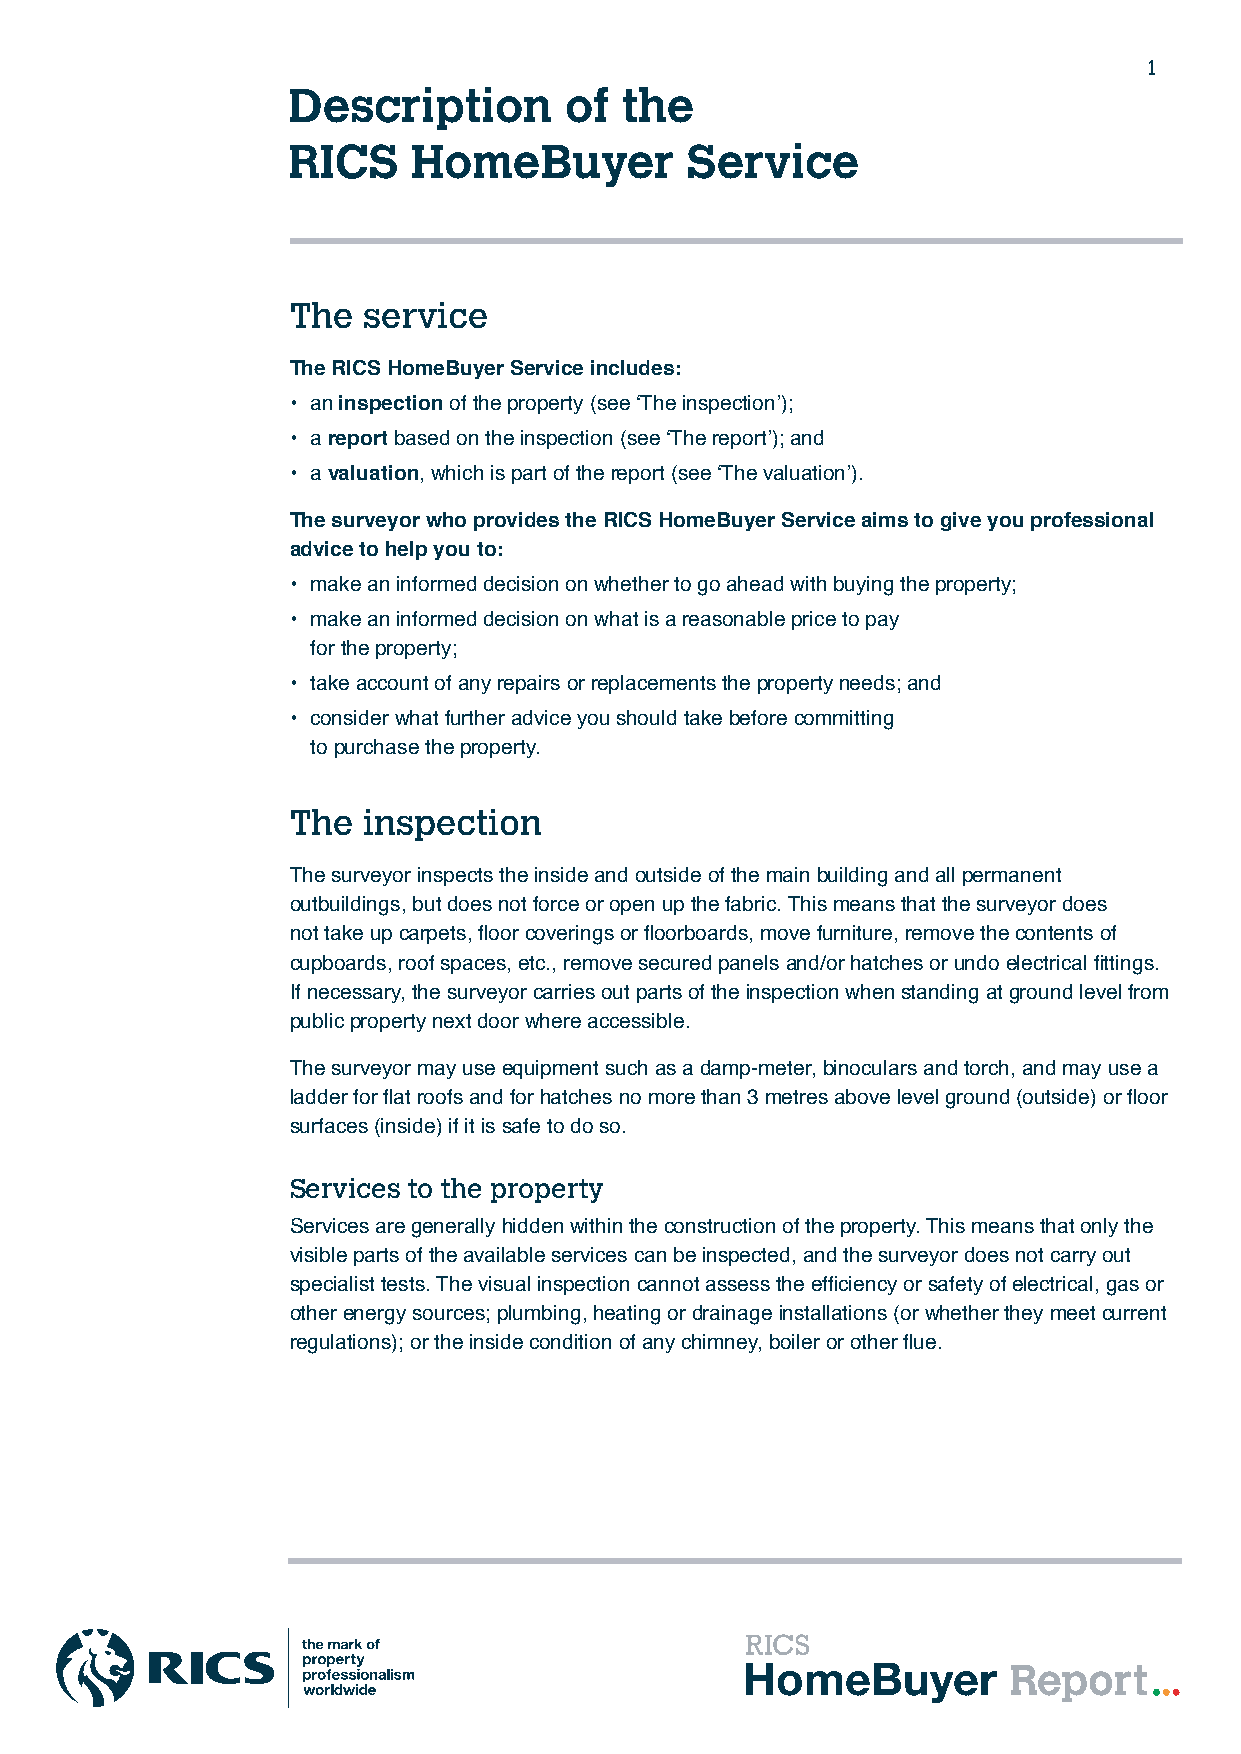
1
 Description       of  the
 RICS    HomeBuyer         Service
 The  service
 The RICS HomeBuyer Service includes:
 • an inspection of the property (see ‘The inspection’);
 • a report based on the inspection (see ‘The report’); and
 • a valuation, which is part of the report (see ‘The valuation’).
 The surveyor who provides the RICS HomeBuyer Service aims to give you professional
 advice to help you to:
 • make an informed decision on whether to go ahead with buying the property;
 • make an informed decision on what is a reasonable price to pay
 for the property;
 • take account of any repairs or replacements the property needs; and
 • consider what further advice you should take before committing
 to purchase the property.
 The  inspection
 The surveyor inspects the inside and outside of the main building and all permanent
 outbuildings, but does not force or open up the fabric. This means that the surveyor does
 not take up carpets, floor coverings or floorboards, move furniture, remove the contents of
 cupboards, roof spaces, etc., remove secured panels and/or hatches or undo electrical fittings.
 If necessary, the surveyor carries out parts of the inspection when standing at ground level from
 public property next door where accessible.
 The surveyor may use equipment such as a damp-meter, binoculars and torch, and may use a
 ladder for flat roofs and for hatches no more than 3 metres above level ground (outside) or floor
 surfaces (inside) if it is safe to do so.
 Services to the property
 Services are generally hidden within the construction of the property. This means that only the
 visible parts of the available services can be inspected, and the surveyor does not carry out
 specialist tests. The visual inspection cannot assess the efficiency or safety of electrical, gas or
 other energy sources; plumbing, heating or drainage installations (or whether they meet current
 regulations); or the inside condition of any chimney, boiler or other flue.
 HomeBuyer         Report